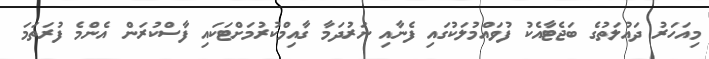
މިއަހަރު ދައުލަތުގެ ބަޖެޓާއެކު ފުވައްމުލަކުގައި ފެނާއި ނަރުދަމާ ގާއިމްކުރުމަށްޓަކައި ފާސްކުރަން އެންމެ ފުރަތަމަ